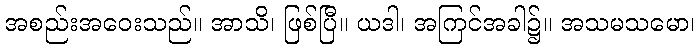
အစည်းအဝေးသည်။ အာသိ၊ ဖြစ်ပြီ။ ယဒါ၊ အကြင်အခါ၌။ အသမသမော၊